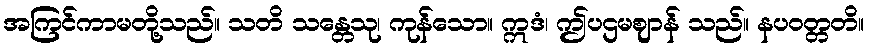
အကြင်ကာမတို့သည်။ သတိ သန္တေသု၊ ကုန်သော။ ဣဒံ၊ ဤပဌမဈာန် သည်။ နပဝတ္တတိ။